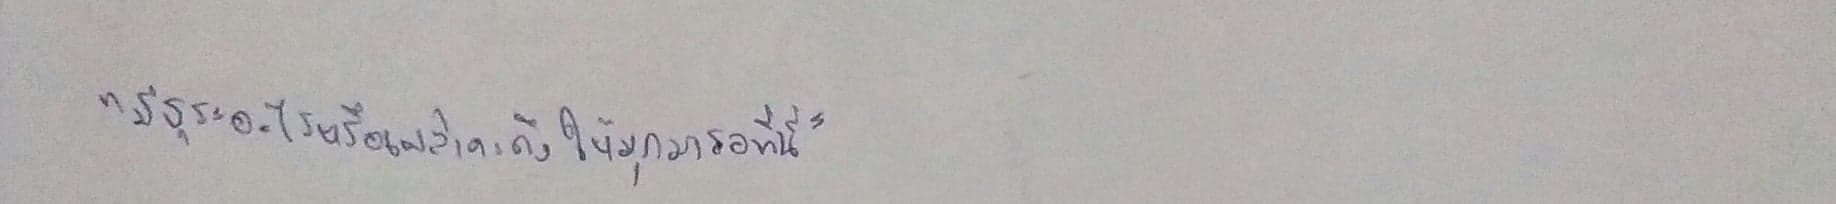
"มีธุระอะไรหรือเปล่าคะถึงให้มุกมารอที่นี่"